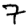
Digit: 7